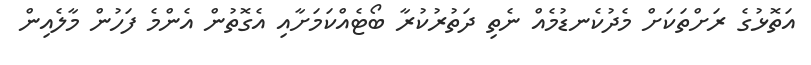
އަތޮޅުގެ ރަށްތަކަށް މެދުކެނޑުމެއް ނެތި ދަތުރުކުރާ ބޯޓެއްކަމަށާއި އެގޮތުން އެންމެ ފަހުން މާލެއިން